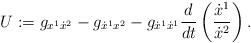
LaTeX: \begin{align*}U :=g_{x^{1}\dot{x}^{2}}- g_{\dot{x}^{1}x^{2}}-g_{\dot{x}^{1}\dot{x}^{1}}\frac{d}{dt}\left( \frac{\dot{x}^{1}}{\dot{x}^{2}}\right). \end{align*}